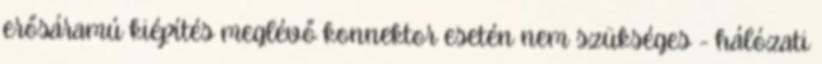
erősáramú kiépítés meglévő konnektor esetén nem szükséges - hálózati